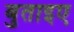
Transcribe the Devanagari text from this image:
बुताइए